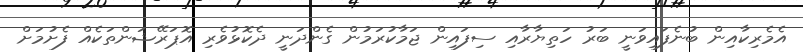
އެމެރިކާއިން ބުނެފައިވަނީ ބަރު ހަތިޔާރާއި ސިފައިން ޖަމާކުރަމުން ގެންދަނީ ދެކޮޅުވެރި އޮޕަރޭޝަންތަކެއް ފެށުމަށް